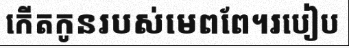
កើតកូនរបស់មេពពែ។របៀប